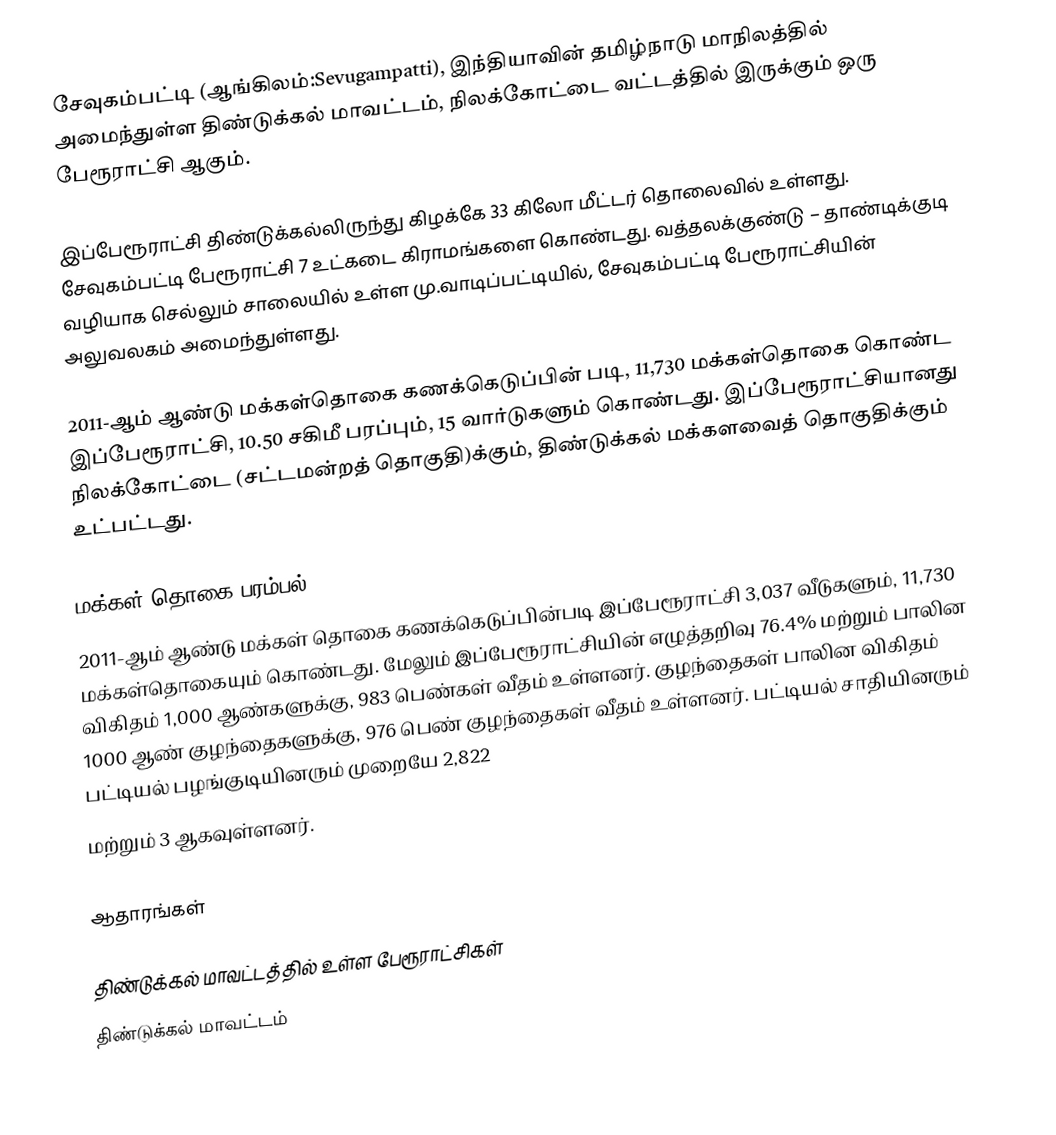
சேவுகம்பட்டி (ஆங்கிலம்:Sevugampatti), இந்தியாவின் தமிழ்நாடு மாநிலத்தில் அமைந்துள்ள திண்டுக்கல் மாவட்டம், நிலக்கோட்டை வட்டத்தில் இருக்கும் ஒரு பேரூராட்சி ஆகும்.

இப்பேரூராட்சி திண்டுக்கல்லிருந்து கிழக்கே 33 கிலோ மீட்டர் தொலைவில் உள்ளது. சேவுகம்பட்டி பேரூராட்சி 7 உட்கடை கிராமங்களை கொண்டது. வத்தலக்குண்டு – தாண்டிக்குடி வழியாக செல்லும் சாலையில் உள்ள மு.வாடிப்பட்டியில், சேவுகம்பட்டி பேரூராட்சியின் அலுவலகம் அமைந்துள்ளது.

2011-ஆம் ஆண்டு மக்கள்தொகை கணக்கெடுப்பின் படி, 11,730   மக்கள்தொகை கொண்ட இப்பேரூராட்சி,  10.50 சகிமீ பரப்பும்,  15  வார்டுகளும் கொண்டது.  இப்பேரூராட்சியானது நிலக்கோட்டை (சட்டமன்றத் தொகுதி)க்கும், திண்டுக்கல் மக்களவைத் தொகுதிக்கும் உட்பட்டது.

மக்கள் தொகை பரம்பல்
2011-ஆம் ஆண்டு மக்கள் தொகை கணக்கெடுப்பின்படி   இப்பேரூராட்சி     3,037   வீடுகளும்,   11,730 மக்கள்தொகையும் கொண்டது. மேலும் இப்பேரூராட்சியின் எழுத்தறிவு  76.4% மற்றும்  பாலின விகிதம் 1,000 ஆண்களுக்கு,  983 பெண்கள் வீதம் உள்ளனர். குழந்தைகள் பாலின விகிதம் 1000 ஆண் குழந்தைகளுக்கு,     976  பெண் குழந்தைகள் வீதம் உள்ளனர்.  பட்டியல் சாதியினரும் பட்டியல் பழங்குடியினரும்  முறையே 2,822
மற்றும்  3 ஆகவுள்ளனர்.

ஆதாரங்கள்

திண்டுக்கல் மாவட்டத்தில் உள்ள பேரூராட்சிகள்
திண்டுக்கல் மாவட்டம்